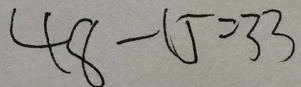
4 8 - 1 5 = 3 3